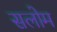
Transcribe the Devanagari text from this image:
सलोम